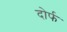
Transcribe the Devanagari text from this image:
दोर्फ